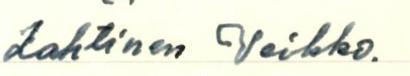
Lahtinen Veikko.